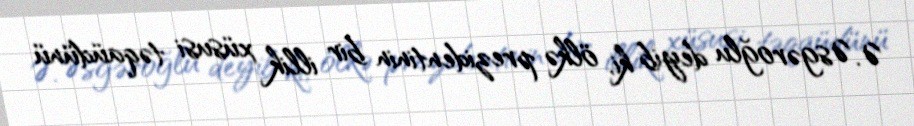
Ə. Əsgəroğlu deyib ki, ölkə prezidentinin bir illik xüsusi təqaüdünü